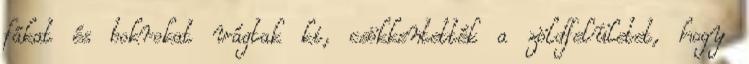
fákat és bokrokat vágtak ki, csökkentették a zöldfelületet, hogy